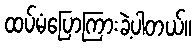
ထပ်မံပြောကြားခဲ့ပါတယ်။